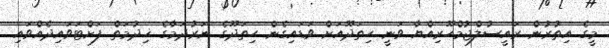
މީގެ އިތުރުން ރައީސުލްޖުމްހޫރިއްޔާ ވަނީ ހިތަދޫއަށް ވަޑައިގެން ހިތަދޫގެ ނަރުދަމާގެ ޚިދުމަތް ފަށްޓަވައިދެއްވައި